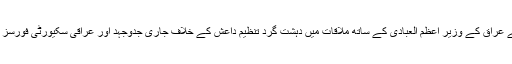
وائٹ ہاوس سے جاری کردہ تحریری بیان کے مطابق مائیک پینس نے عراق کے وزیر اعظم العبادی کے ساتھ ملاقات میں دہشت گرد تنظیم داعش کے خلاف جاری جدوجہد اور عراقی سکیورٹی فورسز کی حاصل کردہ کامیابیوں کی وجہ سے حیدر العبادی کو مبارکباد دی۔